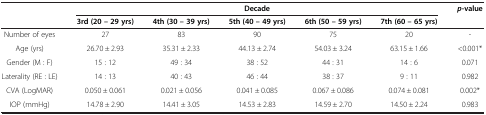
<table><thead><tr><td>[EMPTY_CELL]</td><td colspan="5"><b>Decade</b></td><td><b><i>p</i>-value</b></td></tr><tr><td>[EMPTY_CELL]</td><td><b>3rd (20 – 29 yrs)</b></td><td><b>4th (30 – 39 yrs)</b></td><td><b>5th (40 – 49 yrs)</b></td><td><b>6th (50 – 59 yrs)</b></td><td><b>7th (60 – 65 yrs)</b></td><td>[EMPTY_CELL]</td></tr></thead><tbody><tr><td>Number of eyes</td><td>27</td><td>83</td><td>90</td><td>75</td><td>20</td><td>-</td></tr><tr><td>Age (yrs)</td><td>26.70 ± 2.93</td><td>35.31 ± 2.33</td><td>44.13 ± 2.74</td><td>54.03 ± 3.24</td><td>63.15 ± 1.66</td><td>&lt;0.001*</td></tr><tr><td>Gender (M : F)</td><td>15 : 12</td><td>49 : 34</td><td>38 : 52</td><td>44 : 31</td><td>14 : 6</td><td>0.071</td></tr><tr><td>Laterality (RE : LE)</td><td>14 : 13</td><td>40 : 43</td><td>46 : 44</td><td>38 : 37</td><td>9 : 11</td><td>0.982</td></tr><tr><td>CVA (LogMAR)</td><td>0.050 ± 0.061</td><td>0.021 ± 0.056</td><td>0.041 ± 0.085</td><td>0.067 ± 0.086</td><td>0.074 ± 0.081</td><td>0.002*</td></tr><tr><td>IOP (mmHg)</td><td>14.78 ± 2.90</td><td>14.41 ± 3.05</td><td>14.53 ± 2.83</td><td>14.59 ± 2.70</td><td>14.50 ± 2.24</td><td>0.983</td></tr></tbody></table>